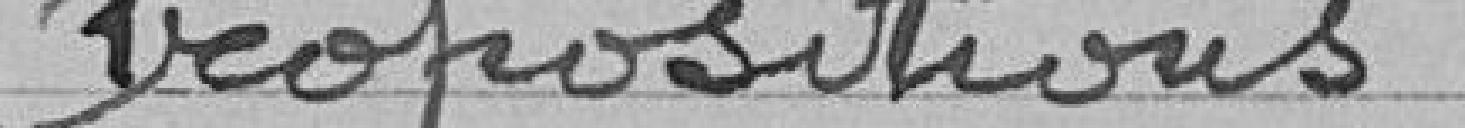
Propositions